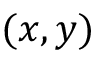
( x , y )